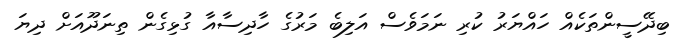
ބިދޭސީންތަކެއް ހައްޔަރު ކުރި ނަމަވެސް އަލިބެ މަރުގެ ހާދިސާއާ ގުޅިގެން ތިނަދޫއަށް ދިޔަ